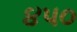
૪પ૦